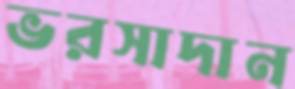
ভরসাদান